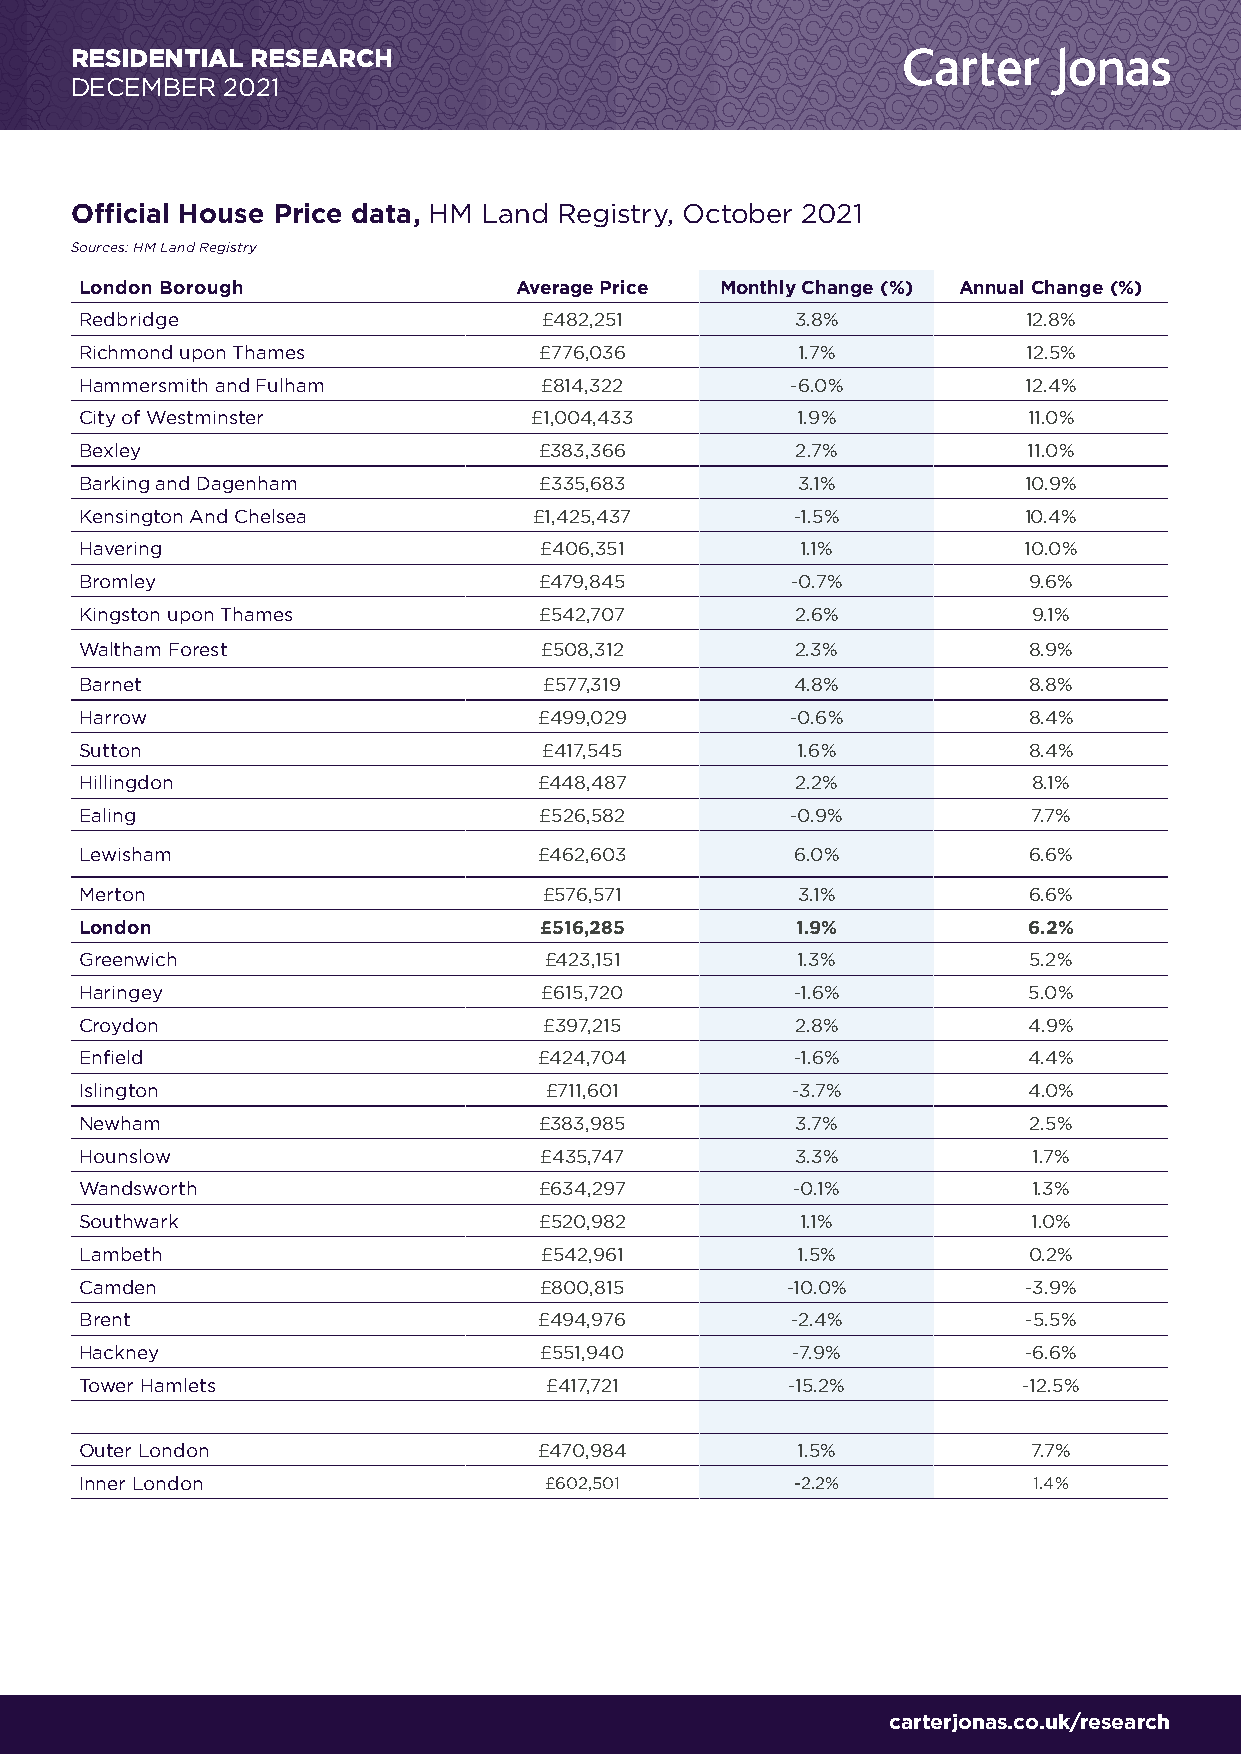
RESIDENTIAL RESEARCH
 DECEMBER  2021
 Official House Price data, HM Land Registry, October 2021
 Sources: HM Land Registry
 London Borough               Average Price Monthly Change (%) Annual Change (%)
 Redbridge                      £482,251         3.8%           12.8%
 Richmond upon Thames           £776,036         1.7%           12.5%
 Hammersmith and Fulham         £814,322        -6.0%           12.4%
 City of Westminster           £1,004,433        1.9%           11.0%
 Bexley                         £383,366         2.7%           11.0%
 Barking and Dagenham           £335,683         3.1%           10.9%
 Kensington And Chelsea        £1,425,437        -1.5%          10.4%
 Havering                       £406,351         1.1%           10.0%
 Bromley                        £479,845        -0.7%           9.6%
 Kingston upon Thames           £542,707         2.6%           9.1%
 Waltham Forest                 £508,312         2.3%           8.9%
 Barnet                         £577,319         4.8%           8.8%
 Harrow                         £499,029        -0.6%           8.4%
 Sutton                         £417,545         1.6%           8.4%
 Hillingdon                     £448,487         2.2%           8.1%
 Ealing                         £526,582        -0.9%           7.7%
 Lewisham                       £462,603         6.0%           6.6%
 Merton                         £576,571         3.1%           6.6%
 London                         £516,285         1.9%           6.2%
 Greenwich                      £423,151         1.3%           5.2%
 Haringey                       £615,720         -1.6%          5.0%
 Croydon                        £397,215         2.8%           4.9%
 Enfield                        £424,704         -1.6%          4.4%
 Islington                      £711,601        -3.7%           4.0%
 Newham                         £383,985         3.7%           2.5%
 Hounslow                       £435,747         3.3%           1.7%
 Wandsworth                     £634,297        -0.1%           1.3%
 Southwark                      £520,982         1.1%           1.0%
 Lambeth                        £542,961         1.5%           0.2%
 Camden                         £800,815        -10.0%          -3.9%
 Brent                          £494,976        -2.4%           -5.5%
 Hackney                        £551,940        -7.9%           -6.6%
 Tower Hamlets                  £417,721        -15.2%          -12.5%
 Outer London                   £470,984         1.5%           7.7%
 Inner London                   £602,501         -2.2%          1.4%
 carterjonas.co.uk/research